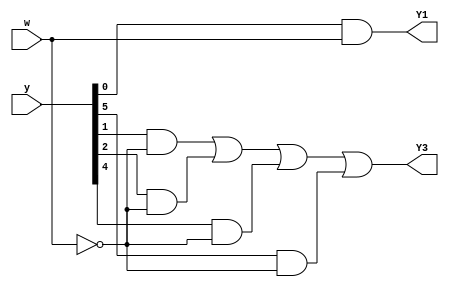
module top_module (
    input [5:0] y,
    input w,
    output Y1,
    output Y3
);

    assign Y1 = y[0] & w;
    assign Y3 = (y[1] & (~w)) | (y[2] & (~w)) | (y[4] & (~w)) | (y[5] & (~w));
    
endmodule